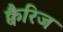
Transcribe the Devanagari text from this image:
क्वैरिज